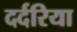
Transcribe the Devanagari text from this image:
दर्दरिया